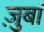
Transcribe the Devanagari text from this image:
ज़ुबां